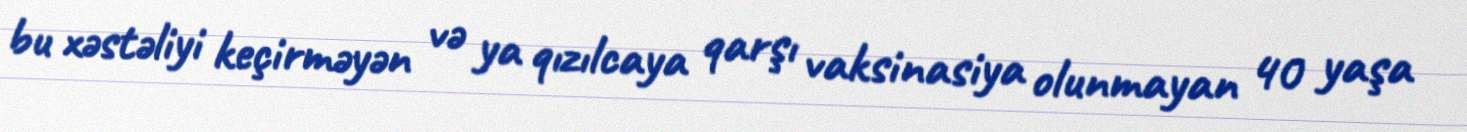
bu xəstəliyi keçirməyən və ya qızılcaya qarşı vaksinasiya olunmayan 40 yaşa